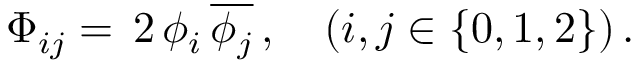
\Phi _ { i j } = \, 2 \, \phi _ { i } \, { \overline { { \phi _ { j } } } } \, , \quad ( i , j \in \{ 0 , 1 , 2 \} ) \, .